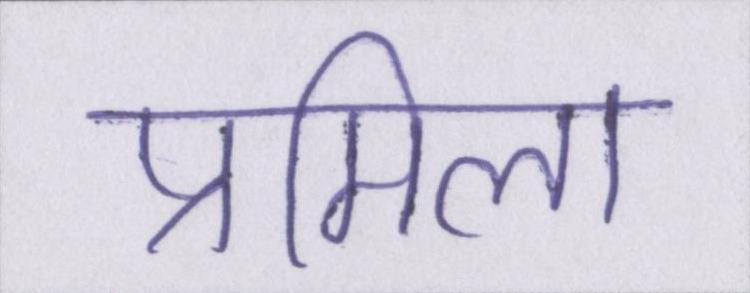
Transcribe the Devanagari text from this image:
प्रमिला